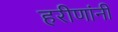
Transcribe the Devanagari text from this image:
हरीणांनी